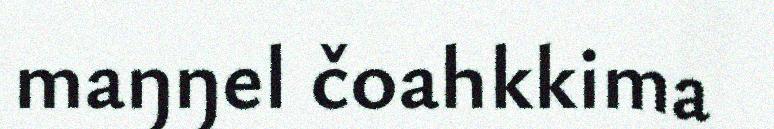
maŋŋel čoahkkima